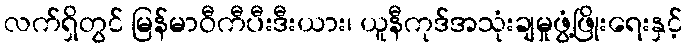
လက်ရှိတွင် မြန်မာဝီကီပီးဒီးယား၊ ယူနီကုဒ်အသုံးချမှုဖွံ့ဖြိုးရေးနှင့်